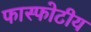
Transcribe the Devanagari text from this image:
फास्फोटीय